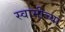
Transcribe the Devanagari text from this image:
स्‍वामीच्‍या